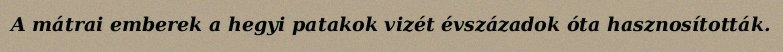
A mátrai emberek a hegyi patakok vizét évszázadok óta hasznosították.